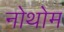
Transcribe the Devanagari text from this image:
नोथोम